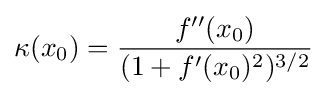
\kappa (x_{0})={\frac {f''(x_{0})}{(1+f'(x_{0})^{2})^{3/2}}}